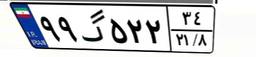
۹۹گ۵۲۲۳۴